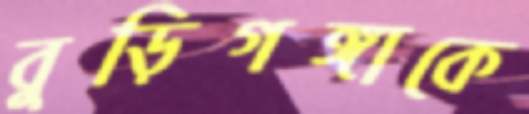
বুড়িগঙ্গাকে